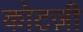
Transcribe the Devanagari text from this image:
कोटज़ी